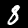
Digit: 8